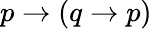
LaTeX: p\to(q\to p)